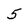
Character: 5